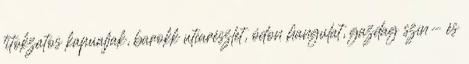
titokzatos kapualjak, barokk utcarészlet, ódon hangulat, gazdag szín- és